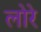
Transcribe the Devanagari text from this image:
लोरे